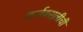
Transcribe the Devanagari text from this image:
कर्जवसुलीची